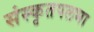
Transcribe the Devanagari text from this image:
संस्कृतपलभा